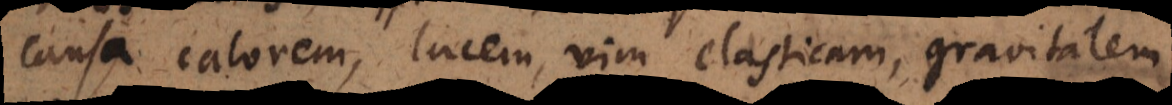
causa calorem, lucem, vim elasticam, gravitatem,